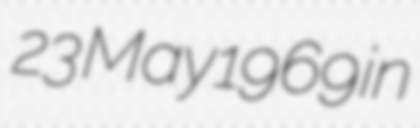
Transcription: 23 May 1969 in